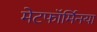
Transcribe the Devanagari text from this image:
मेटफॉर्मिनया